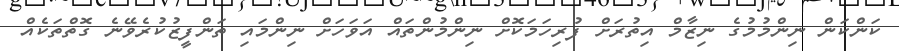
ކަންކަން ނިންމުމުގެ ނިޒާމް އިތުރަށް ފުރިހަމަކޮށް ނިންމުންތައް އަވަހަށް ނިންމައި ތަންފީޒުކުރެވޭނެ ގޮތްތަކެއް